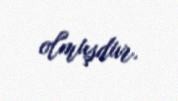
olmuşdur.